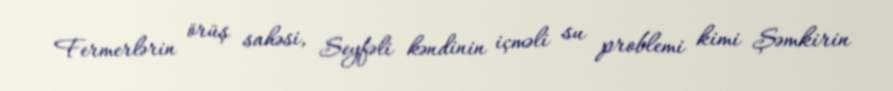
Fermerlərin örüş sahəsi, Seyfəli kəndinin içməli su problemi kimi Şəmkirin